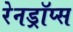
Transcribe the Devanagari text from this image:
रेनड्रॉप्स